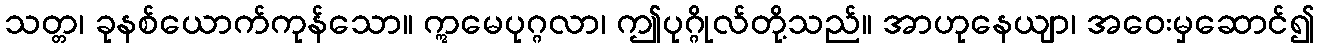
သတ္တ၊ ခုနစ်ယောက်ကုန်သော။ ဣမေပုဂ္ဂလာ၊ ဤပုဂ္ဂိုလ်တို့သည်။ အာဟုနေယျာ၊ အဝေးမှဆောင်၍